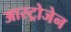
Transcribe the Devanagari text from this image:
आस्ट्रोजेन